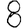
Digit: 8